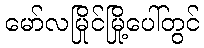
မော်လမြိုင်မြို့ပေါ်တွင်